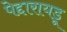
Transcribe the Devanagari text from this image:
पेद्दारायडू